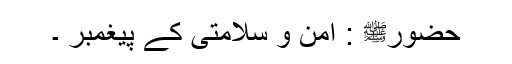
حضورﷺ : امن و سلامتی کے پیغمبر ۔